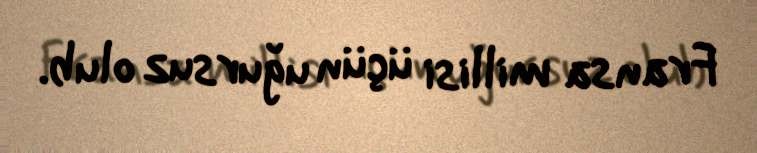
Fransa millisi üçün uğursuz olub.